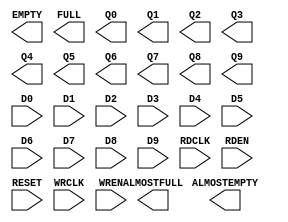
///////////////////////////////////////////////////////
//  Copyright (c) 1995/2015 Xilinx, Inc.
//  All Right Reserved.
///////////////////////////////////////////////////////
//
//   ____   ___
//  /   /\/   / 
// /___/  \  /     Vendor      : Xilinx 
// \  \    \/      Version     : 2015.4
//  \  \           Description : Xilinx Formal Library Component
//  /  /                         7SERIES OUT FIFO
// /__/   /\       Filename    : OUT_FIFO.v
// \  \  /  \ 
//  \__\/\__ \                    
//                                 
///////////////////////////////////////////////////////
//  Revision:    Date:     Comment:
//       0.1:    15MAR2010 Initial UNI/UNP/SIM Version from yml
///////////////////////////////////////////////////////

`timescale 1 ps / 1 ps 

`celldefine

module OUT_FIFO (
  ALMOSTEMPTY,
  ALMOSTFULL,
  EMPTY,
  FULL,
  Q0,
  Q1,
  Q2,
  Q3,
  Q4,
  Q5,
  Q6,
  Q7,
  Q8,
  Q9,

  D0,
  D1,
  D2,
  D3,
  D4,
  D5,
  D6,
  D7,
  D8,
  D9,
  RDCLK,
  RDEN,
  RESET,
  WRCLK,
  WREN
);

  parameter integer ALMOST_EMPTY_VALUE = 1;
  parameter integer ALMOST_FULL_VALUE = 1;
  parameter ARRAY_MODE = "ARRAY_MODE_8_X_4";
  parameter OUTPUT_DISABLE = "FALSE";
  parameter SYNCHRONOUS_MODE = "FALSE";

`ifdef XIL_TIMING

  parameter LOC = "UNPLACED";

`endif

  output ALMOSTEMPTY;
  output ALMOSTFULL;
  output EMPTY;
  output FULL;
  output [3:0] Q0;
  output [3:0] Q1;
  output [3:0] Q2;
  output [3:0] Q3;
  output [3:0] Q4;
  output [3:0] Q7;
  output [3:0] Q8;
  output [3:0] Q9;
  output [7:0] Q5;
  output [7:0] Q6;

  input RDCLK;
  input RDEN;
  input RESET;
  input WRCLK;
  input WREN;
  input [7:0] D0;
  input [7:0] D1;
  input [7:0] D2;
  input [7:0] D3;
  input [7:0] D4;
  input [7:0] D5;
  input [7:0] D6;
  input [7:0] D7;
  input [7:0] D8;
  input [7:0] D9;
  
endmodule

`endcelldefine